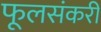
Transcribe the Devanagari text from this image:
फूलसंकरी